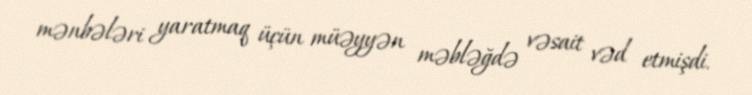
mənbələri yaratmaq üçün müəyyən məbləğdə vəsait vəd etmişdi.